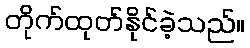
တိုက်ထုတ်နိုင်ခဲ့သည်။